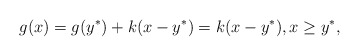
\begin{align*}g(x)=g(y^*) +k(x-y^*)=k(x-y^*), x\geq y^*,\end{align*}